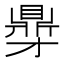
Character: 𮮥